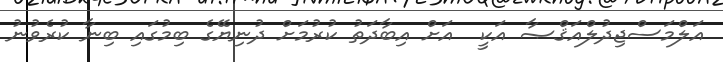
އަލްމަސްޖިދުލްއަޤްޞާ އަކީ  އަށް އިބާދަތު ކުރުމަށް ދުނިޔޭގެ ބިމުގައި ބިނާ ކުރެވުނު